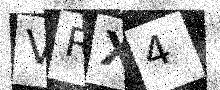
Text: VRX4